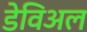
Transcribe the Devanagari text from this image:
डेविअल